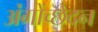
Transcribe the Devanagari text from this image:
अंगोंच्छेदन